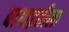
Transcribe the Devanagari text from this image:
बागाइतीला